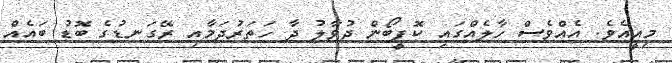
މިއީއެވެ. އެއްވެސް ހާލެއްގައި ކޮފީބޯން ދުވާލު ދާ ހަތަރުދަމާއި ރޭގަނޑުގެ ބޮޑު ބައެއް